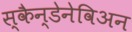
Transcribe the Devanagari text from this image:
स्कैन्डेनेविअन